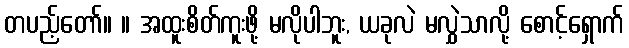
တပည့်တော်။ ။ အထူးစိတ်ကူးဖို့ မလိုပါဘူး, ယခုလဲ မလွှဲသာလို့ စောင့်ရှောက်